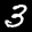
Label: 3